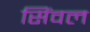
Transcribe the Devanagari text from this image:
सिंवल